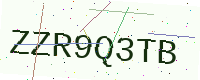
Text: ZZR9Q3TB